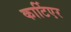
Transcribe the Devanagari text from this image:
कार्टिएर